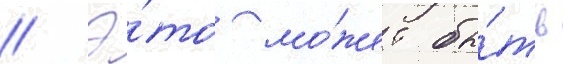
// Э́то мо́жет бы́ть